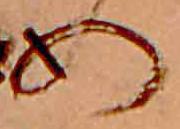
め